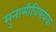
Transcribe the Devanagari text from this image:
सुनामीविषयक